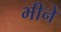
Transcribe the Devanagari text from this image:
भीने